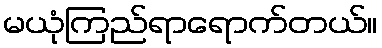
မယုံကြည်ရာရောက်တယ်။